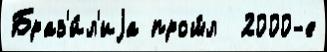
Браз'и́л'иjа прош́л  2000-е